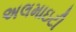
અલમાઇટી